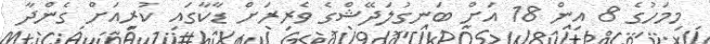
މިމަހުގެ 8 އިން 18 އަށް ބަނގުލަދޭޝްގެ ވެރިރަށް ޑާކާގައި ކުރިއަށް ގެންދާ